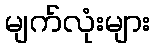
မျက်လုံးများ